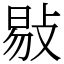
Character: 敡